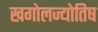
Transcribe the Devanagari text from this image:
खगोलज्योतिष